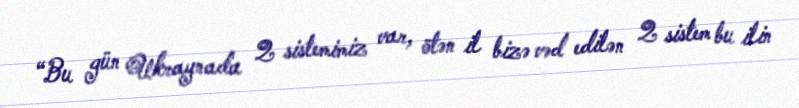
“Bu gün Ukraynada 2 sistemimiz var, ötən il bizə vəd edilən 2 sistem bu ilin